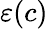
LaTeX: \varepsilon(c)